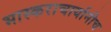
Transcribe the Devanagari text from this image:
भास्कराचार्यानीच